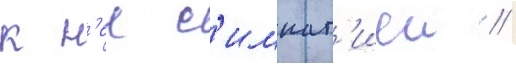
к н'еи с'импат'иеи //